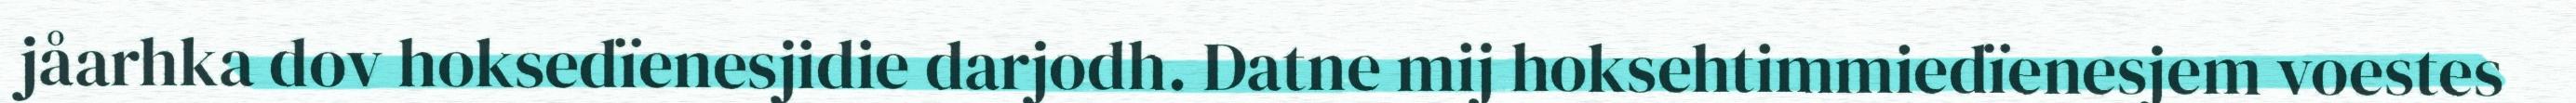
jåarhka dov hoksedïenesjidie darjodh. Datne mij hoksehtimmiedïenesjem voestes